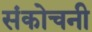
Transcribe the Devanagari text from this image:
संकोचनी